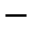
-